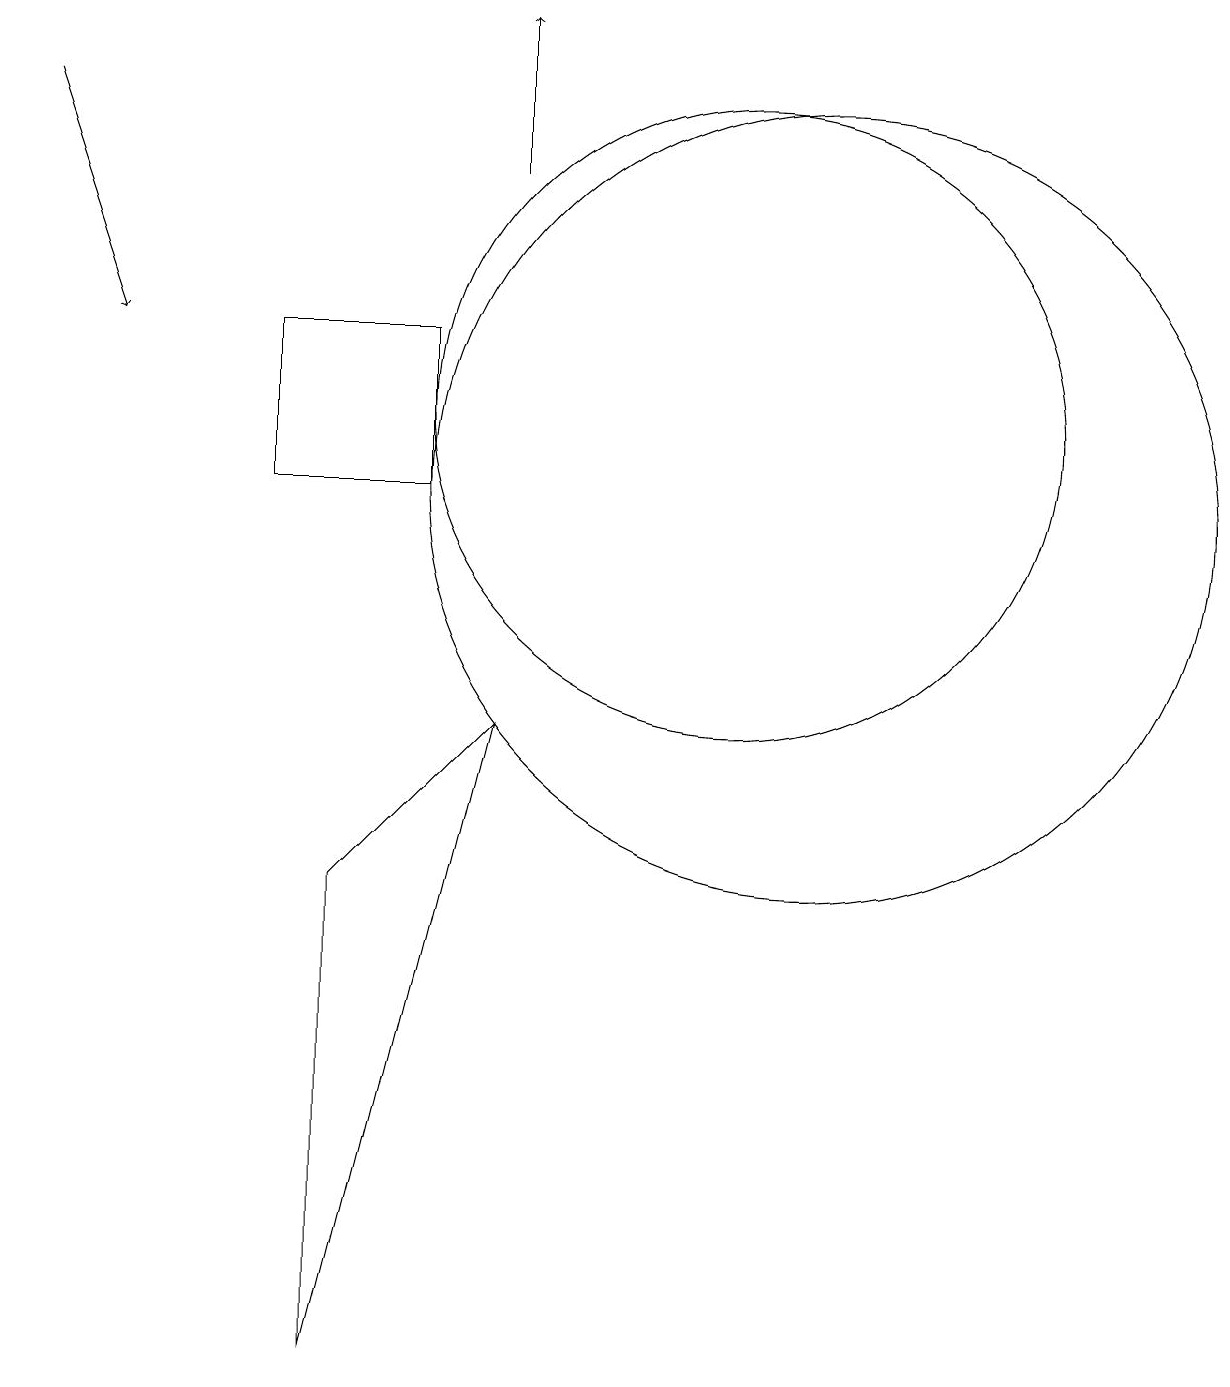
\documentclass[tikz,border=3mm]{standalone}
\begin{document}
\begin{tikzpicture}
\draw (11,12) circle (4);
\draw (5,13) rectangle (7,11);
\draw (6,6) -- (6,0) -- (8,8) -- cycle;
\draw[->] (8,15) -- (8,17);
\draw[->] (2,16) -- (3,13);
\draw (12,11) circle (5);
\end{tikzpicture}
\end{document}